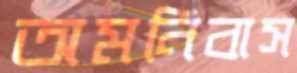
অমনিবাস